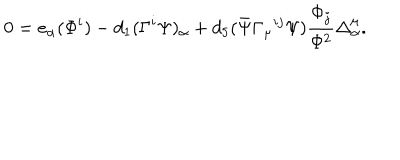
0 = e _ { \alpha } ( \Phi ^ { i } ) - d _ { 1 } ( \Gamma ^ { i } \Psi ) _ { \alpha } + d _ { 5 } ( \bar { \Psi } \Gamma _ { \mu } { } ^ { i j } \Psi ) \frac { \Phi _ { j } } { \Phi ^ { 2 } } \Delta _ { \alpha } ^ { \mu } .